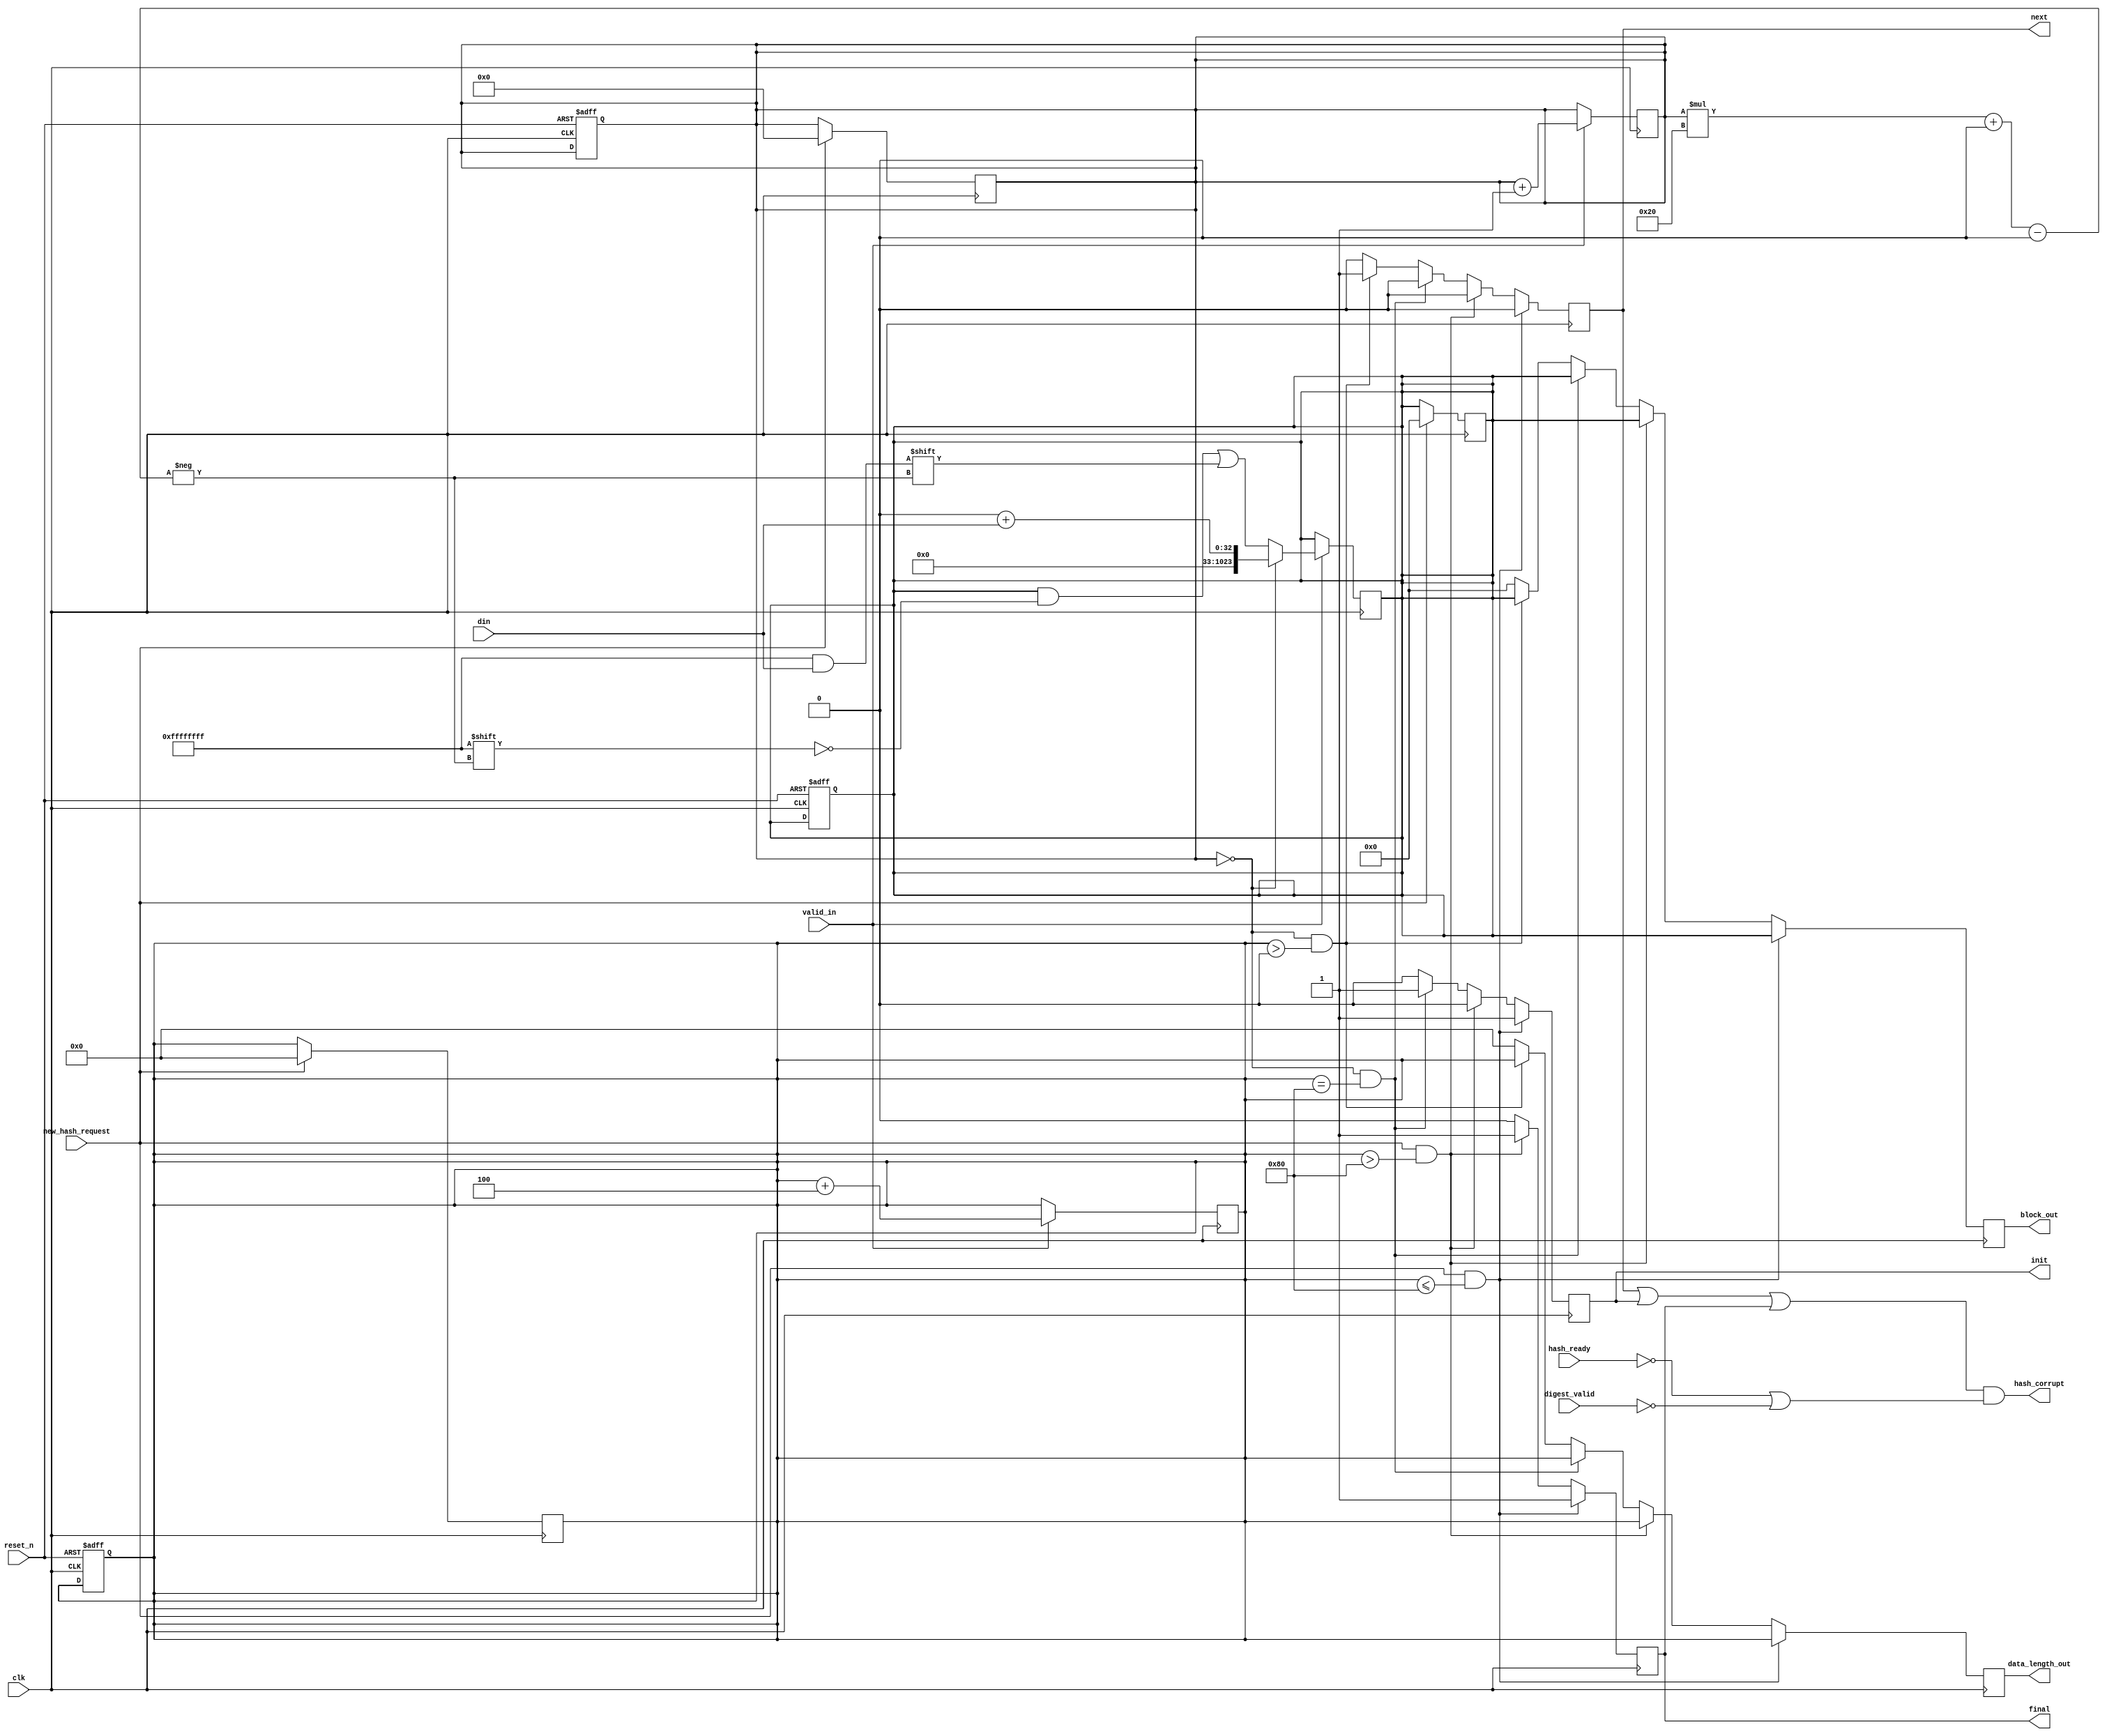
//===============================================================================
//
// controller.v
// -------------- 
// Verilog implementation of the cotrolling interface to the Blake2 simulator hash function.
//
//
// Copyright (c) 2017, CRISP.
// All rights reserved.
//===============================================================================

module controller # (
	parameter 	BUS_WIDTH   = 32,
	parameter	BLOCK_WIDTH = 1024,
	parameter	DATA_LENGTH = 128
	)(
//===============================================================================
	input wire	clk,
	input wire	reset_n,			

//===============================================================================
// Processor related ports  

	input wire	[BUS_WIDTH-1:0] din,
	input wire 	valid_in,
	input wire	new_hash_request,
	
	output wire 	hash_corrupt,					// To detect when hash corrupt (for debug purpose)
	
//===============================================================================
// ports related to the hash engine 
	input wire	hash_ready,					// Hash is ready 
	input wire	digest_valid,					// When finished
	
	output reg	init,
	output reg	next,
	output reg	final,				
	output reg	[BLOCK_WIDTH-1:0] block_out,			// 1024 in Blake2 
	output reg 	[DATA_LENGTH-1:0] data_length_out		// can give max. of 2^(DATA_LENGTH) bits of data
	);

	localparam	PACKETS_PER_BLOCK = BLOCK_WIDTH/BUS_WIDTH;
	localparam	BUS_BYTES = BUS_WIDTH/8;

	reg		[$clog2(PACKETS_PER_BLOCK)-1:0] block_ptr; 	// if BLOCK_WIDTH=1024,BUS_WIDTH=32, then PACKETS_PER_BLOCK=32.. so [4:0]

	reg 		[BLOCK_WIDTH-1:0] block;			// Ex: 32 set of 32bits = 1024
	reg		[DATA_LENGTH-1:0] data_length;			// cumilative length of the bytes 

	// system reset (negedge)	
	always @ (posedge clk or negedge reset_n) begin
		if (!reset_n) begin			
			block_ptr	<= 'h0;
			data_length     <= 1'b0;
			block		<= 'h0;
		end
	end


	//always block for write operation	
	always @ (negedge clk) begin
		if (valid_in) begin
			if(block_ptr==0) begin
				block <= 0+din; 	
			end
			else begin	
				block[block_ptr*BUS_WIDTH+:BUS_WIDTH] <= din; // +: Varible part select 2001 verilog
			end
			block_ptr	<= block_ptr + 1;
			data_length 	<= data_length +BUS_BYTES;
		end
	end
	
	// after new_hash_request system should be re-initialize 
	always @ (posedge clk) begin
		if(new_hash_request) begin
			block_ptr <= 0;
			data_length <=0;
			block	<= 'h0;
		end
	end
	
	// always block for reading operations
	always @ (posedge clk) begin

			if((new_hash_request == 1) && (data_length <= PACKETS_PER_BLOCK*BUS_BYTES)) begin 		// Final + Init 
				init	<= 1;
				next	<= 0;
				final	<= 1;
				block_out 	<= block;
				data_length_out	<= data_length;
			end
			else if((new_hash_request == 1) && (data_length > PACKETS_PER_BLOCK*BUS_BYTES)) begin	// Final
				init	<= 0;
				next	<= 0;
				final	<= 1;
				block_out 	<= block;
				data_length_out	<= data_length;
			end
			else if((block_ptr == 0) && (data_length == PACKETS_PER_BLOCK*BUS_BYTES))begin		// Init
				init	<= 1;
				next	<= 0;
				final	<= 0;
				block_out 	<= block;
				data_length_out	<= data_length;
			end
			else if((block_ptr == 0) && (data_length > 0) )begin		//Next
				init	<= 0;
				next	<= 1;
				final	<= 0;
				block_out 	<= block;
				data_length_out	<= data_length;

			end
			else begin					// INIT=0,NEXT=0,FINAL=0
      				init	<= 0;
      				next	<= 0;
      				final	<= 0;					
				block_out 	<= 0;
				data_length_out	<= 0;
			end
	end 

// Since this controller has 1 block of memory it can't buffered data so long if hash_ready and digest_valid took long time.
// in case to delect CORRUPT scenarios. follwing code is used 

	assign hash_corrupt = (next|init|final)&(!hash_ready|!digest_valid);

endmodule